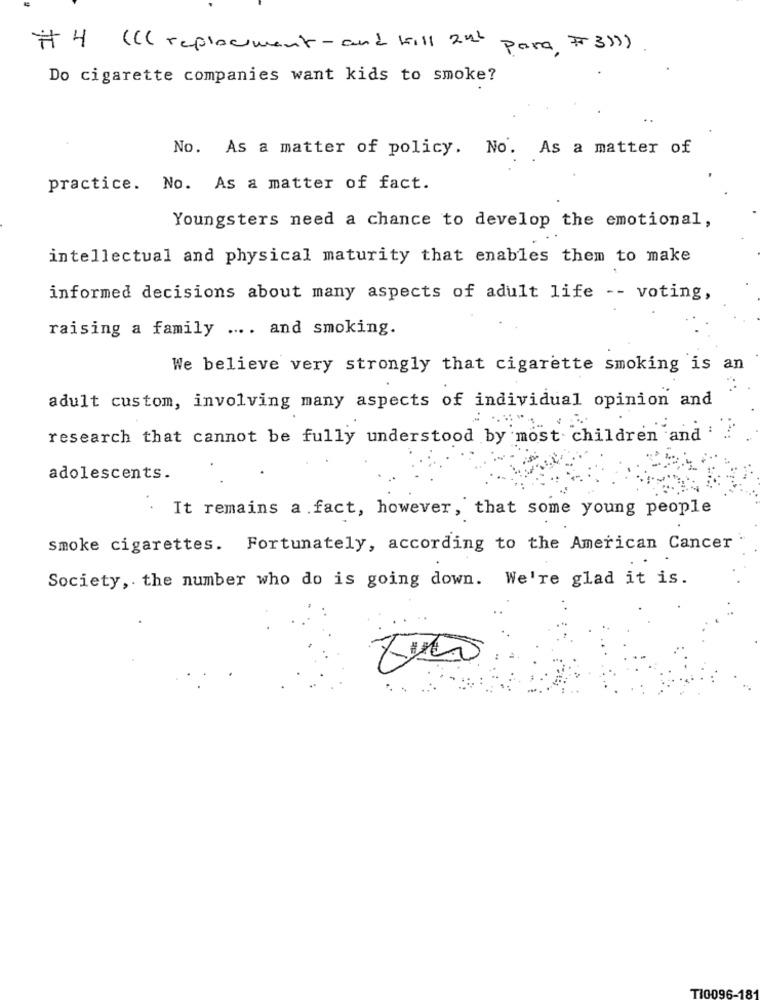
# 4 ( Cl replacement - and kill 2h para #3)))
Do cigarette companies want kids to smoke?
No. As a matter of policy. No. As a matter of
practice. No. As a matter of fact.
Youngsters need a chance to develop the emotional,
intellectual and physical maturity that enables them to make
informed decisions about many aspects of adult life -- voting,
raising a family .... and smoking.
We believe very strongly that cigarette smoking is an
adult custom, involving many aspects of individual opinion and
research that cannot be fully understood by most children and !
adolescents.
It remains a fact, however, that some young people
smoke cigarettes. Fortunately, according to the American Cancer
Society, the number who do is going down. We're glad it is.
TI0096-18